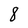
Character: 8